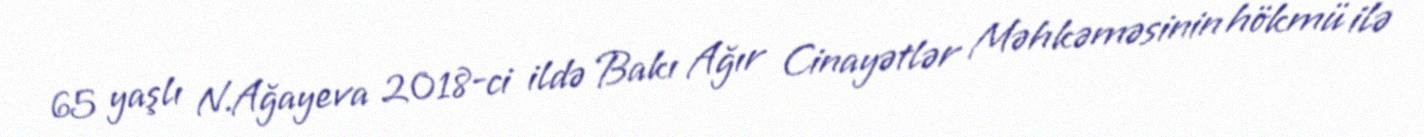
65 yaşlı N.Ağayeva 2018-ci ildə Bakı Ağır Cinayətlər Məhkəməsinin hökmü ilə